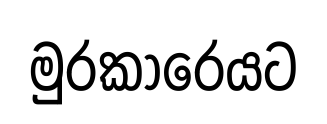
මුරකාරෙයට